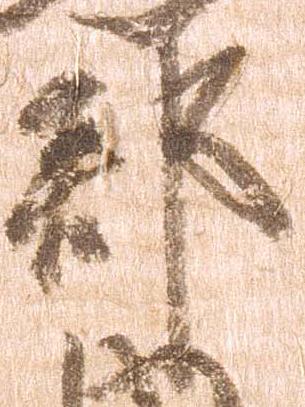
郡